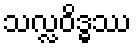
သလ္လဝိဒ္ဓဿ